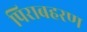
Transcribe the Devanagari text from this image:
पिराबहरण